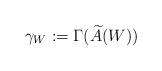
LaTeX: \begin{align*}\gamma_W:=\Gamma(\widetilde A(W))\end{align*}